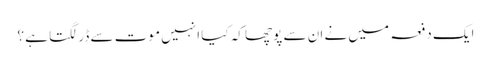
ایک دفعہ میں نے ان سے پوچھا کہ کیا انہیں موت سے ڈر لگتا ہے ؟